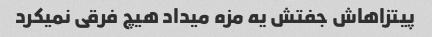
پیتزاهاش جفتش یه مزه میداد هیچ فرقی نمیکرد